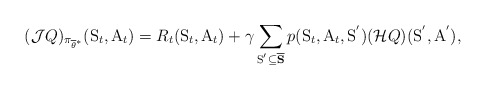
\begin{align*} (\mathcal{J}Q)_{\pi_{\overline{\theta}^{*}}}(\mathrm{S}_t, \mathrm{A}_t) = R_t(\mathrm{S}_t, \mathrm{A}_t)+\gamma\sum_{\mathrm{S}^{'} \subseteq \overline{\mathbf{S}}}p(\mathrm{S}_t, \mathrm{A}_t, \mathrm{S}^{'}) (\mathcal{H}Q)(\mathrm{S}^{'}, \mathrm{A}^{'}),\end{align*}